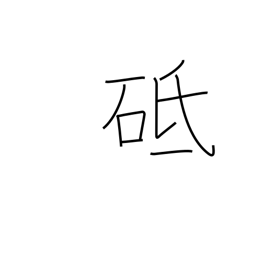
Meaning: whetstone